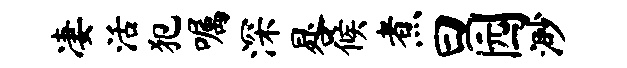
凄活犯嘱深晷候煮曰园渺